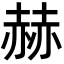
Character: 赫